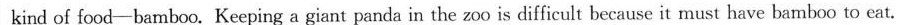
kind of food-bamboo. Keeping a giant panda in the zoo is difficult because it must have bamboo to eat.